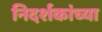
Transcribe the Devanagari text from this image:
निदर्शकांच्या